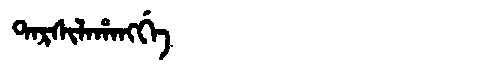
Manchu: ᡨᠠᡵᠰᡳᠯᠠᡥᠠᠩᡤᡝ
Romanization: TARSILAHANGGE